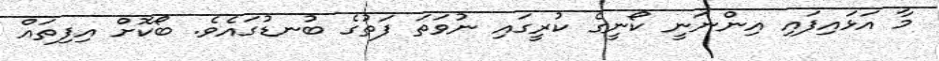
މާ އަޅައިފައި އިންނަނީ ކޯނީގެ ކުރީގައި ނުވަތަ ފަތުގެ ބުނޑުގައެވެ. ބޯކޮށް އިފިތައް